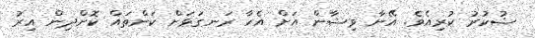
ޝުކުރު ކުރިއެވެ. އޭނާ ވިޝާން އަށް އެހާ ރަނގަޅަށް ކަންތައް ކޮށްދިން އިރު